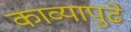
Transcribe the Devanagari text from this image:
काव्यापुढे